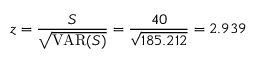
z = { \frac { S } { \sqrt { \operatorname { V A R } ( S ) } } } = { \frac { 4 0 } { \sqrt { 1 8 5 . 2 1 2 } } } = 2 . 9 3 9